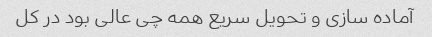
آماده سازی و تحویل سریع همه چی عالی بود در کل